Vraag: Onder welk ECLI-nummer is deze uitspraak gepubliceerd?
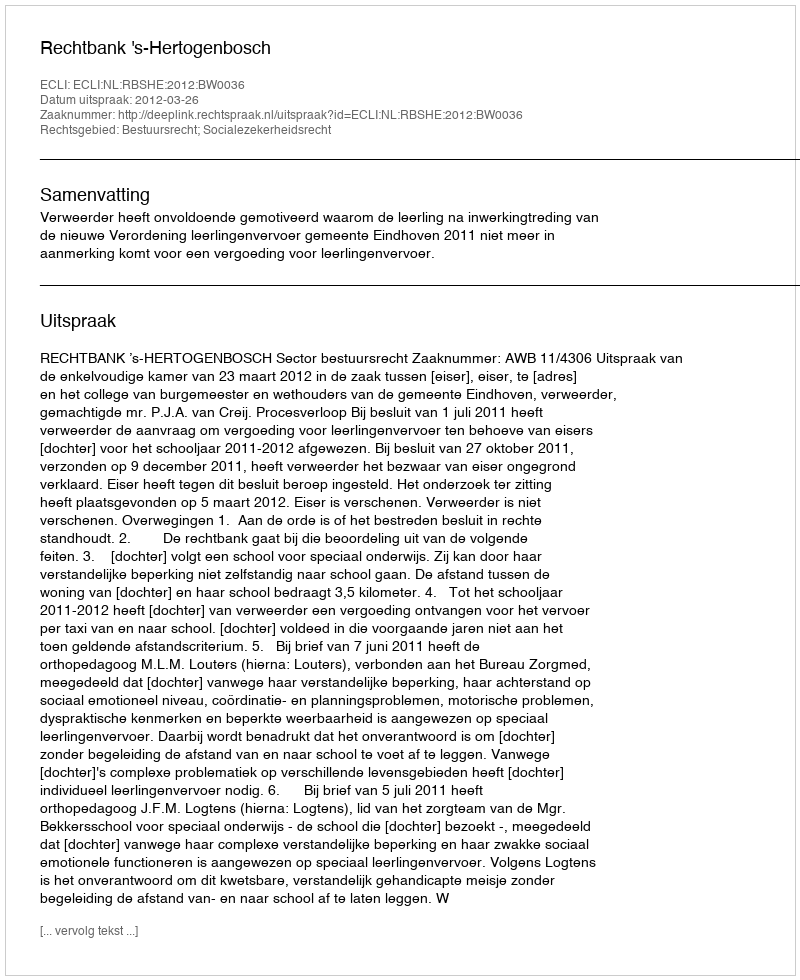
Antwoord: ECLI:NL:RBSHE:2012:BW0036